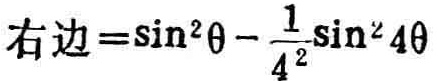
右边=\(\sin^{2}\theta - \frac{1}{4}\sin^{2}4\theta\)